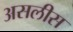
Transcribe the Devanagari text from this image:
असलीस